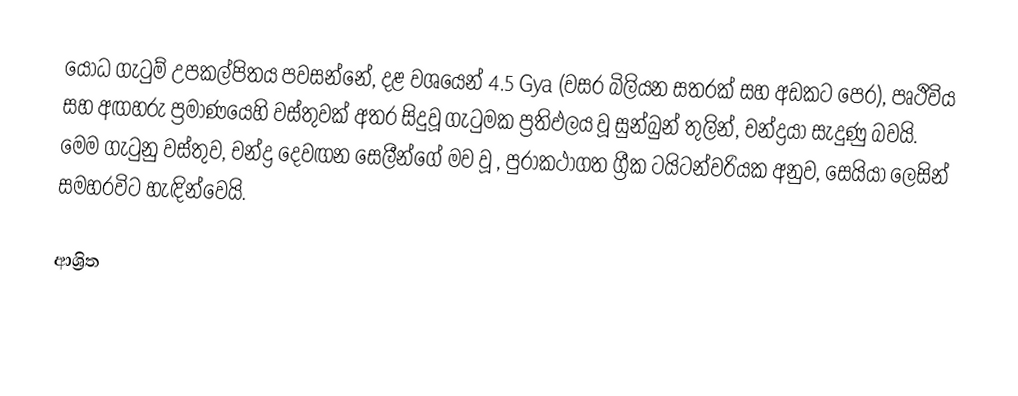
යෝධ ගැටුම් උපකල්පිතය පවසන්නේ, දළ වශයෙන්   4.5 Gya (වසර බිලියන සතරක් සහ අඩකට පෙර),  පෘථිවිය සහ  අඟහරු ප්‍රමාණයෙහි වස්තුවක් අතර සිදුවූ ගැටුමක ප්‍රතිඵලය වූ සුන්බුන් තුලින්, චන්ද්‍රයා සැදුණු බවයි. මෙම ගැටුනු වස්තුව, චන්ද්‍ර  දෙවඟන සෙලීන්ගේ මව වූ , පුරාකථාගත  ග්‍රීක ටයිටන්වරියක අනුව, සෙයියා ලෙසින් සමහරවිට හැඳින්වෙයි.

ආශ්‍රිත